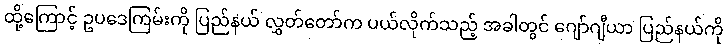
ထို့ကြောင့် ဥပဒေကြမ်းကို ပြည်နယ် လွှတ်တော်က ပယ်လိုက်သည့် အခါတွင် ဂျော်ဂျီယာ ပြည်နယ်ကို